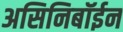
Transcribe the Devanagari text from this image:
असिनिबॉईन